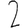
Digit: 2